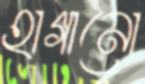
হাগানো